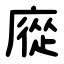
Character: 㢔